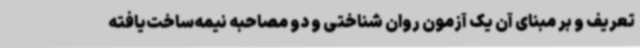
تعریف و بر مبنای آن یک آزمون روان شناختی و دو مصاحبه نیمه‌ساخت‌یافته